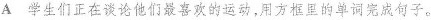
A 学生们正在谈论他们最喜欢的运动,用方框里的单词完成句子。